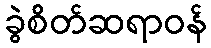
ခွဲစိတ်ဆရာဝန်